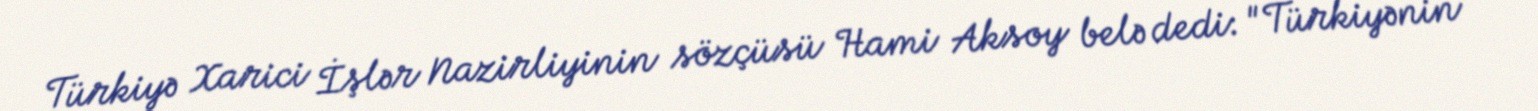
Türkiyə Xarici İşlər Nazirliyinin sözçüsü Hami Aksoy belə dedi: "Türkiyənin